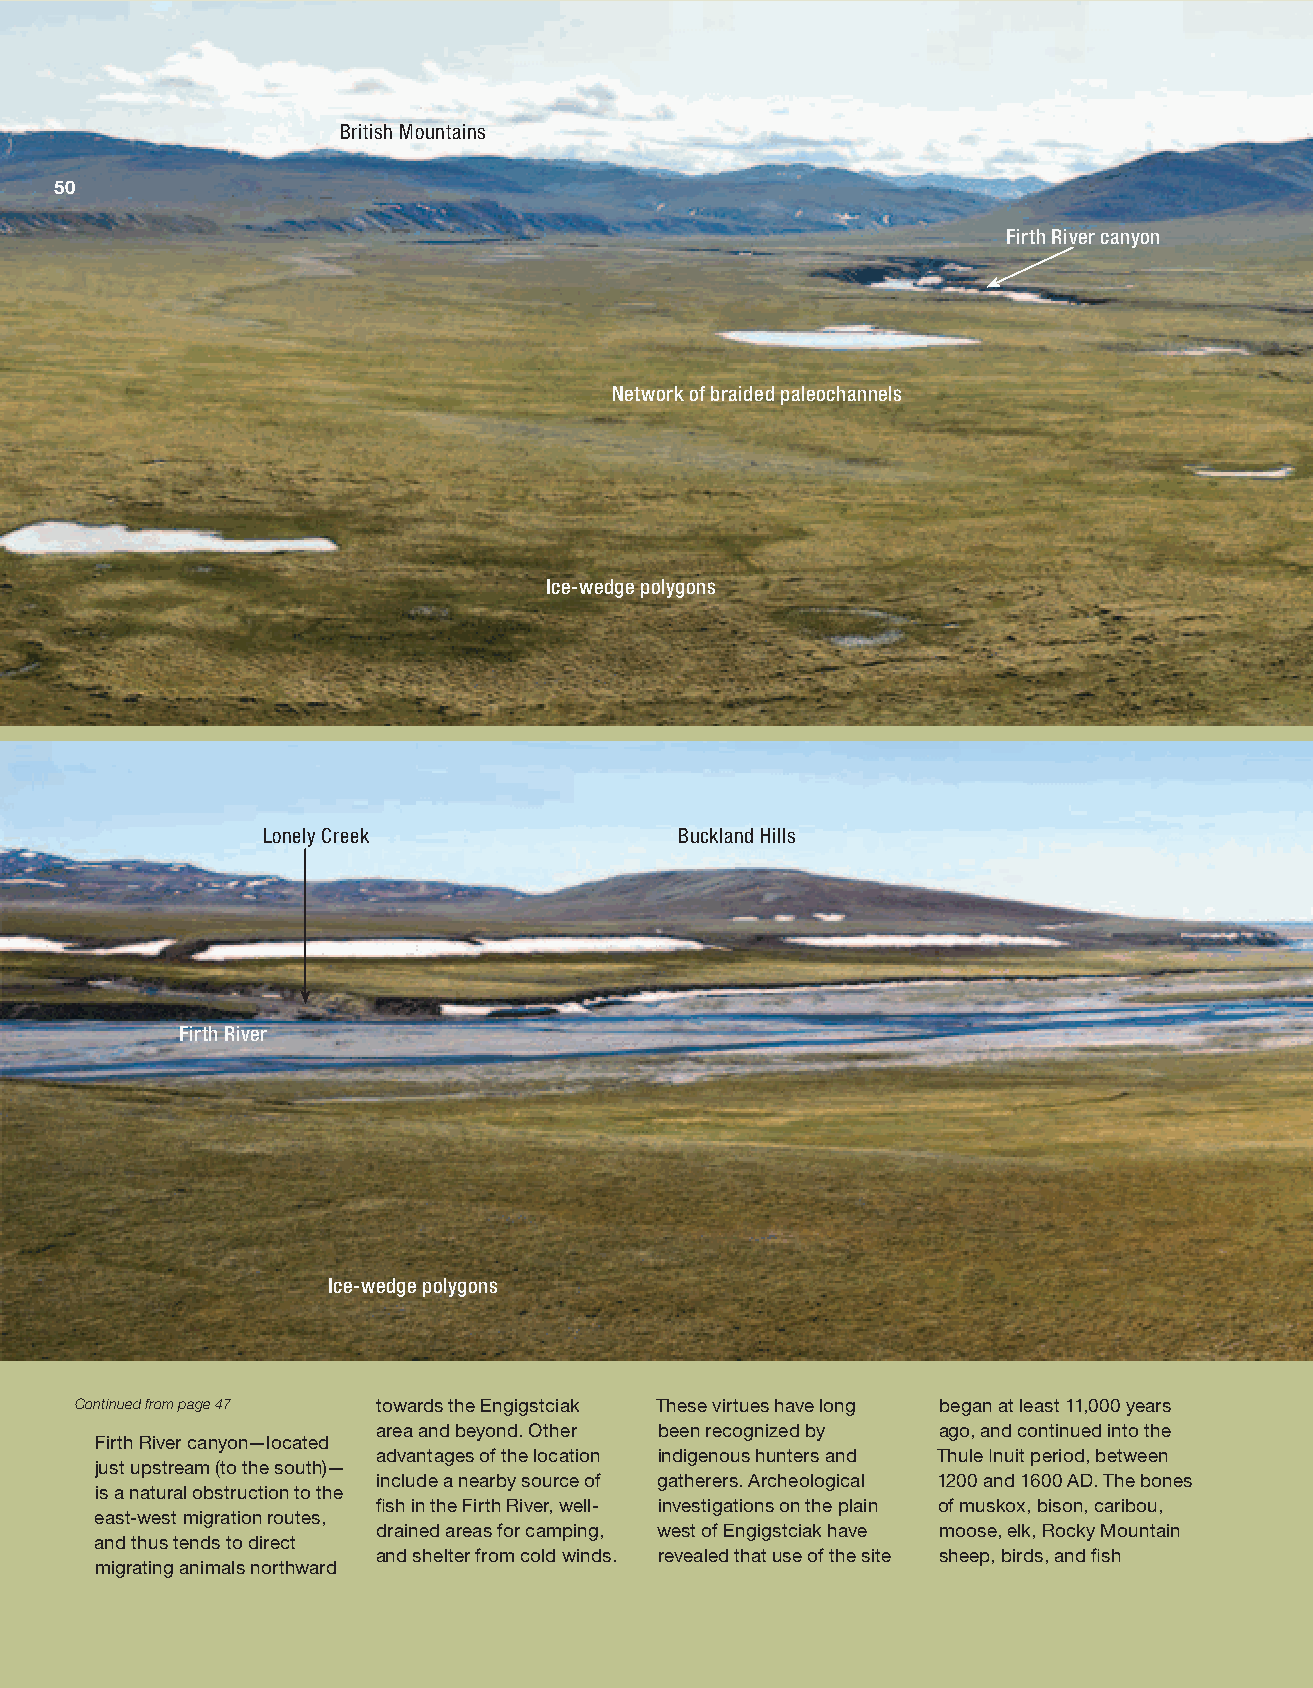
A guide to the
 landscape of
 British Mountains
 the Firth River Valley
 50    Ivvavik National Park Canyon reach
 Firth River canyon
 Network of braided paleochannels
 Ice-wedge polygons
 Lonely Creek                Buckland Hills
 Firth River
 Ice-wedge polygons
 Continued from page 47 towards the Engigstciak These virtues have long began at least 11,000 years
 area and beyond. Other been recognized by ago, and continued into the
 Firth River canyon—located
 advantages of the location indigenous hunters and Thule Inuit period, between
 just upstream (to the south)—
 include a nearby source of gatherers. Archeological 1200 and 1600 AD. The bones
 is a natural obstruction to the
 fish in the Firth River, well- investigations on the plain of muskox, bison, caribou,
 east-west migration routes,
 drained areas for camping, west of Engigstciak have moose, elk, Rocky Mountain
 and thus tends to direct
 and shelter from cold winds. revealed that use of the site sheep, birds, and fish
 migrating animals northward